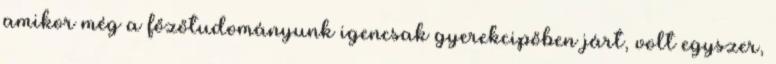
amikor még a főzőtudományunk igencsak gyerekcipőben járt, volt egyszer,